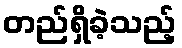
တည်ရှိခဲ့သည့်